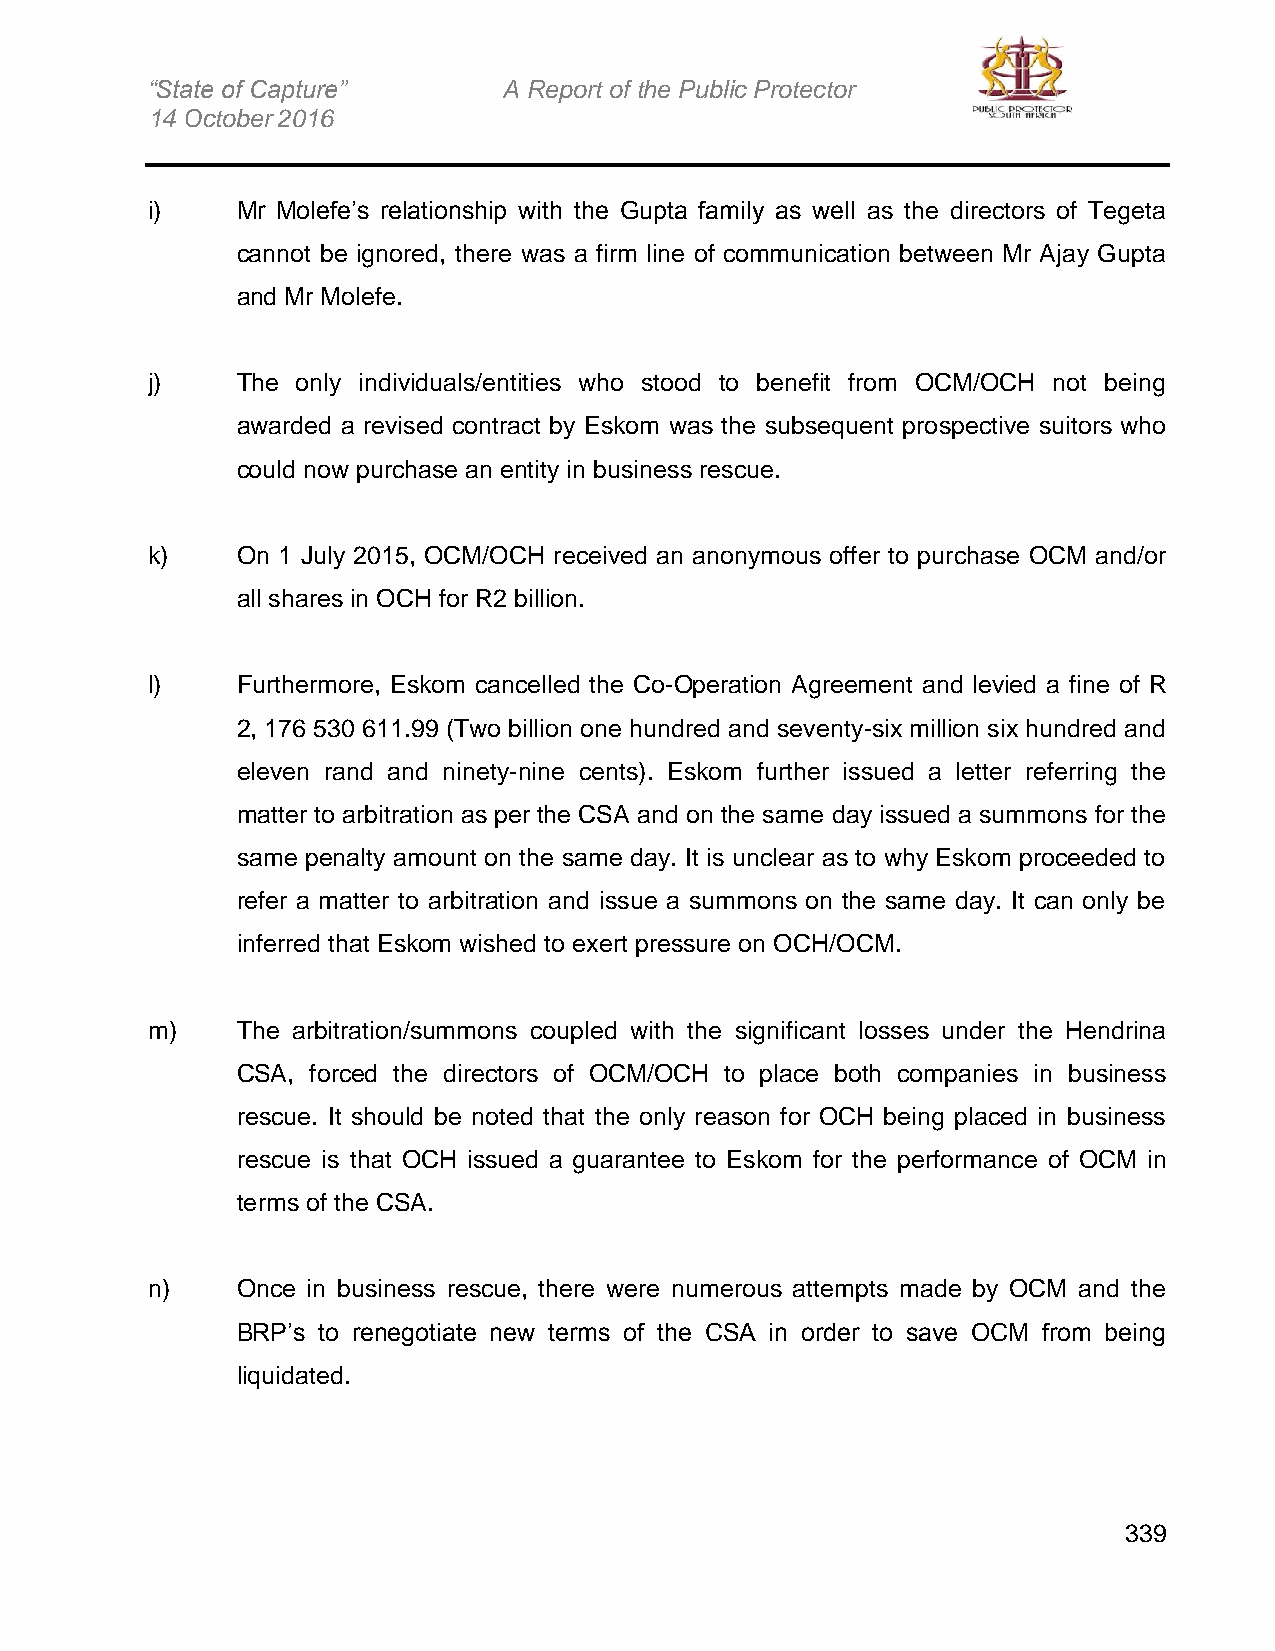
“State of Capture”     A Report of the Public Protector
 14 October 2016
 i)    Mr Molefe’s relationship with the Gupta family as well as the directors of Tegeta
 cannot be ignored, there was a firm line of communication between Mr Ajay Gupta
 and Mr Molefe.
 j)    The only individuals/entities who stood to benefit from OCM/OCH not being
 awarded a revised contract by Eskom was the subsequent prospective suitors who
 could now purchase an entity in business rescue.
 k)    On 1 July 2015, OCM/OCH received an anonymous offer to purchase OCM and/or
 all shares in OCH for R2 billion.
 l)    Furthermore, Eskom cancelled the Co-Operation Agreement and levied a fine of R
 2, 176 530 611.99 (Two billion one hundred and seventy-six million six hundred and
 eleven rand and ninety-nine cents). Eskom further issued a letter referring the
 matter to arbitration as per the CSA and on the same day issued a summons for the
 same penalty amount on the same day. It is unclear as to why Eskom proceeded to
 refer a matter to arbitration and issue a summons on the same day. It can only be
 inferred that Eskom wished to exert pressure on OCH/OCM.
 m)    The arbitration/summons coupled with the significant losses under the Hendrina
 CSA, forced the directors of OCM/OCH to place both companies in business
 rescue. It should be noted that the only reason for OCH being placed in business
 rescue is that OCH issued a guarantee to Eskom for the performance of OCM in
 terms of the CSA.
 n)    Once in business rescue, there were numerous attempts made by OCM and the
 BRP’s to renegotiate new terms of the CSA in order to save OCM from being
 liquidated.
 339